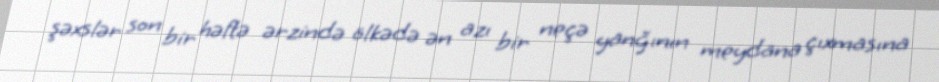
şəxslər son bir həftə ərzində ölkədə ən azı bir neçə yanğının meydana çıxmasına